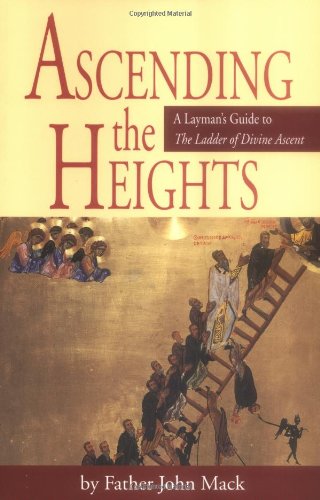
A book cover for Ascending the Heights: A Layman's Guide to The Ladder of Divine Ascent; Fr. John Mack; Christian Books & Bibles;